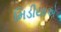
મિડીયાએ